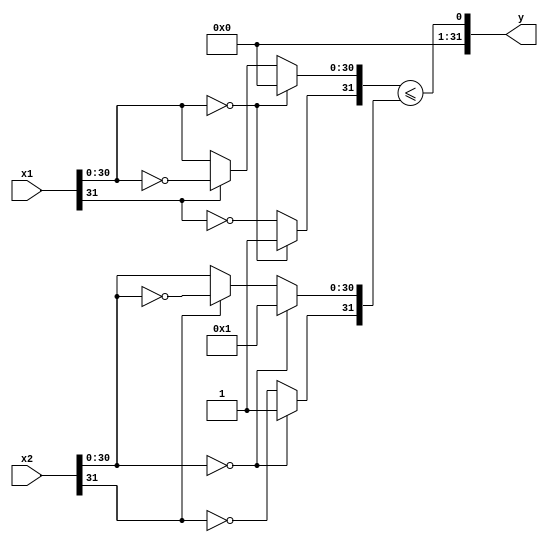
module fle(
    input wire [31:0] x1,
    input wire [31:0] x2,
    output wire [31:0] y);

    wire s1,s2;
    wire [30:0] em1,em2;
    assign s1 = x1[31];
    assign em1 = x1[30:0];
    assign s2 = x2[31];
    assign em2 = x2[30:0];

    wire s1a,s2a,em1_zero,em2_zero;
    wire [30:0] em1a,em2a;
    assign em1_zero = (em1 == 31'b0);
    assign em2_zero = (em2 == 31'b0);
    assign s1a = (em1_zero) ? 1'b1: ~s1;
    assign em1a = (em1_zero) ? 31'b0: ((s1) ? ~em1: em1);
    assign s2a = (em2_zero) ? 1'b1: ~s2;
    assign em2a = (em2_zero) ? 1'b1: ((s2) ? ~em2: em2);

    wire [31:0] x1a,x2a;
    assign x1a = {s1a,em1a};
    assign x2a = {s2a,em2a};

    assign y = (x1a <= x2a);

endmodule